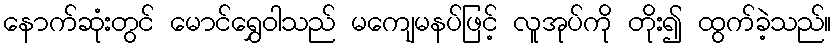
နောက်ဆုံးတွင် မောင်ရွှေဝါသည် မကျေမနပ်ဖြင့် လူအုပ်ကို တိုး၍ ထွက်ခဲ့သည်။